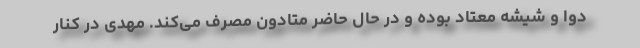
دوا و شیشه معتاد بوده و در حال حاضر متادون مصرف می‌کند. مهدی در کنار